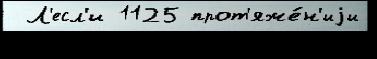
 Л'есл'и 1125 прот'яже́н'иjи